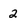
Character: 2